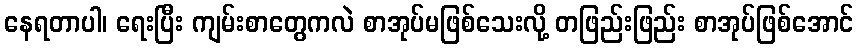
နေရတာပါ၊ ရေးပြီး ကျမ်းစာတွေကလဲ စာအုပ်မဖြစ်သေးလို့ တဖြည်းဖြည်း စာအုပ်ဖြစ်အောင်